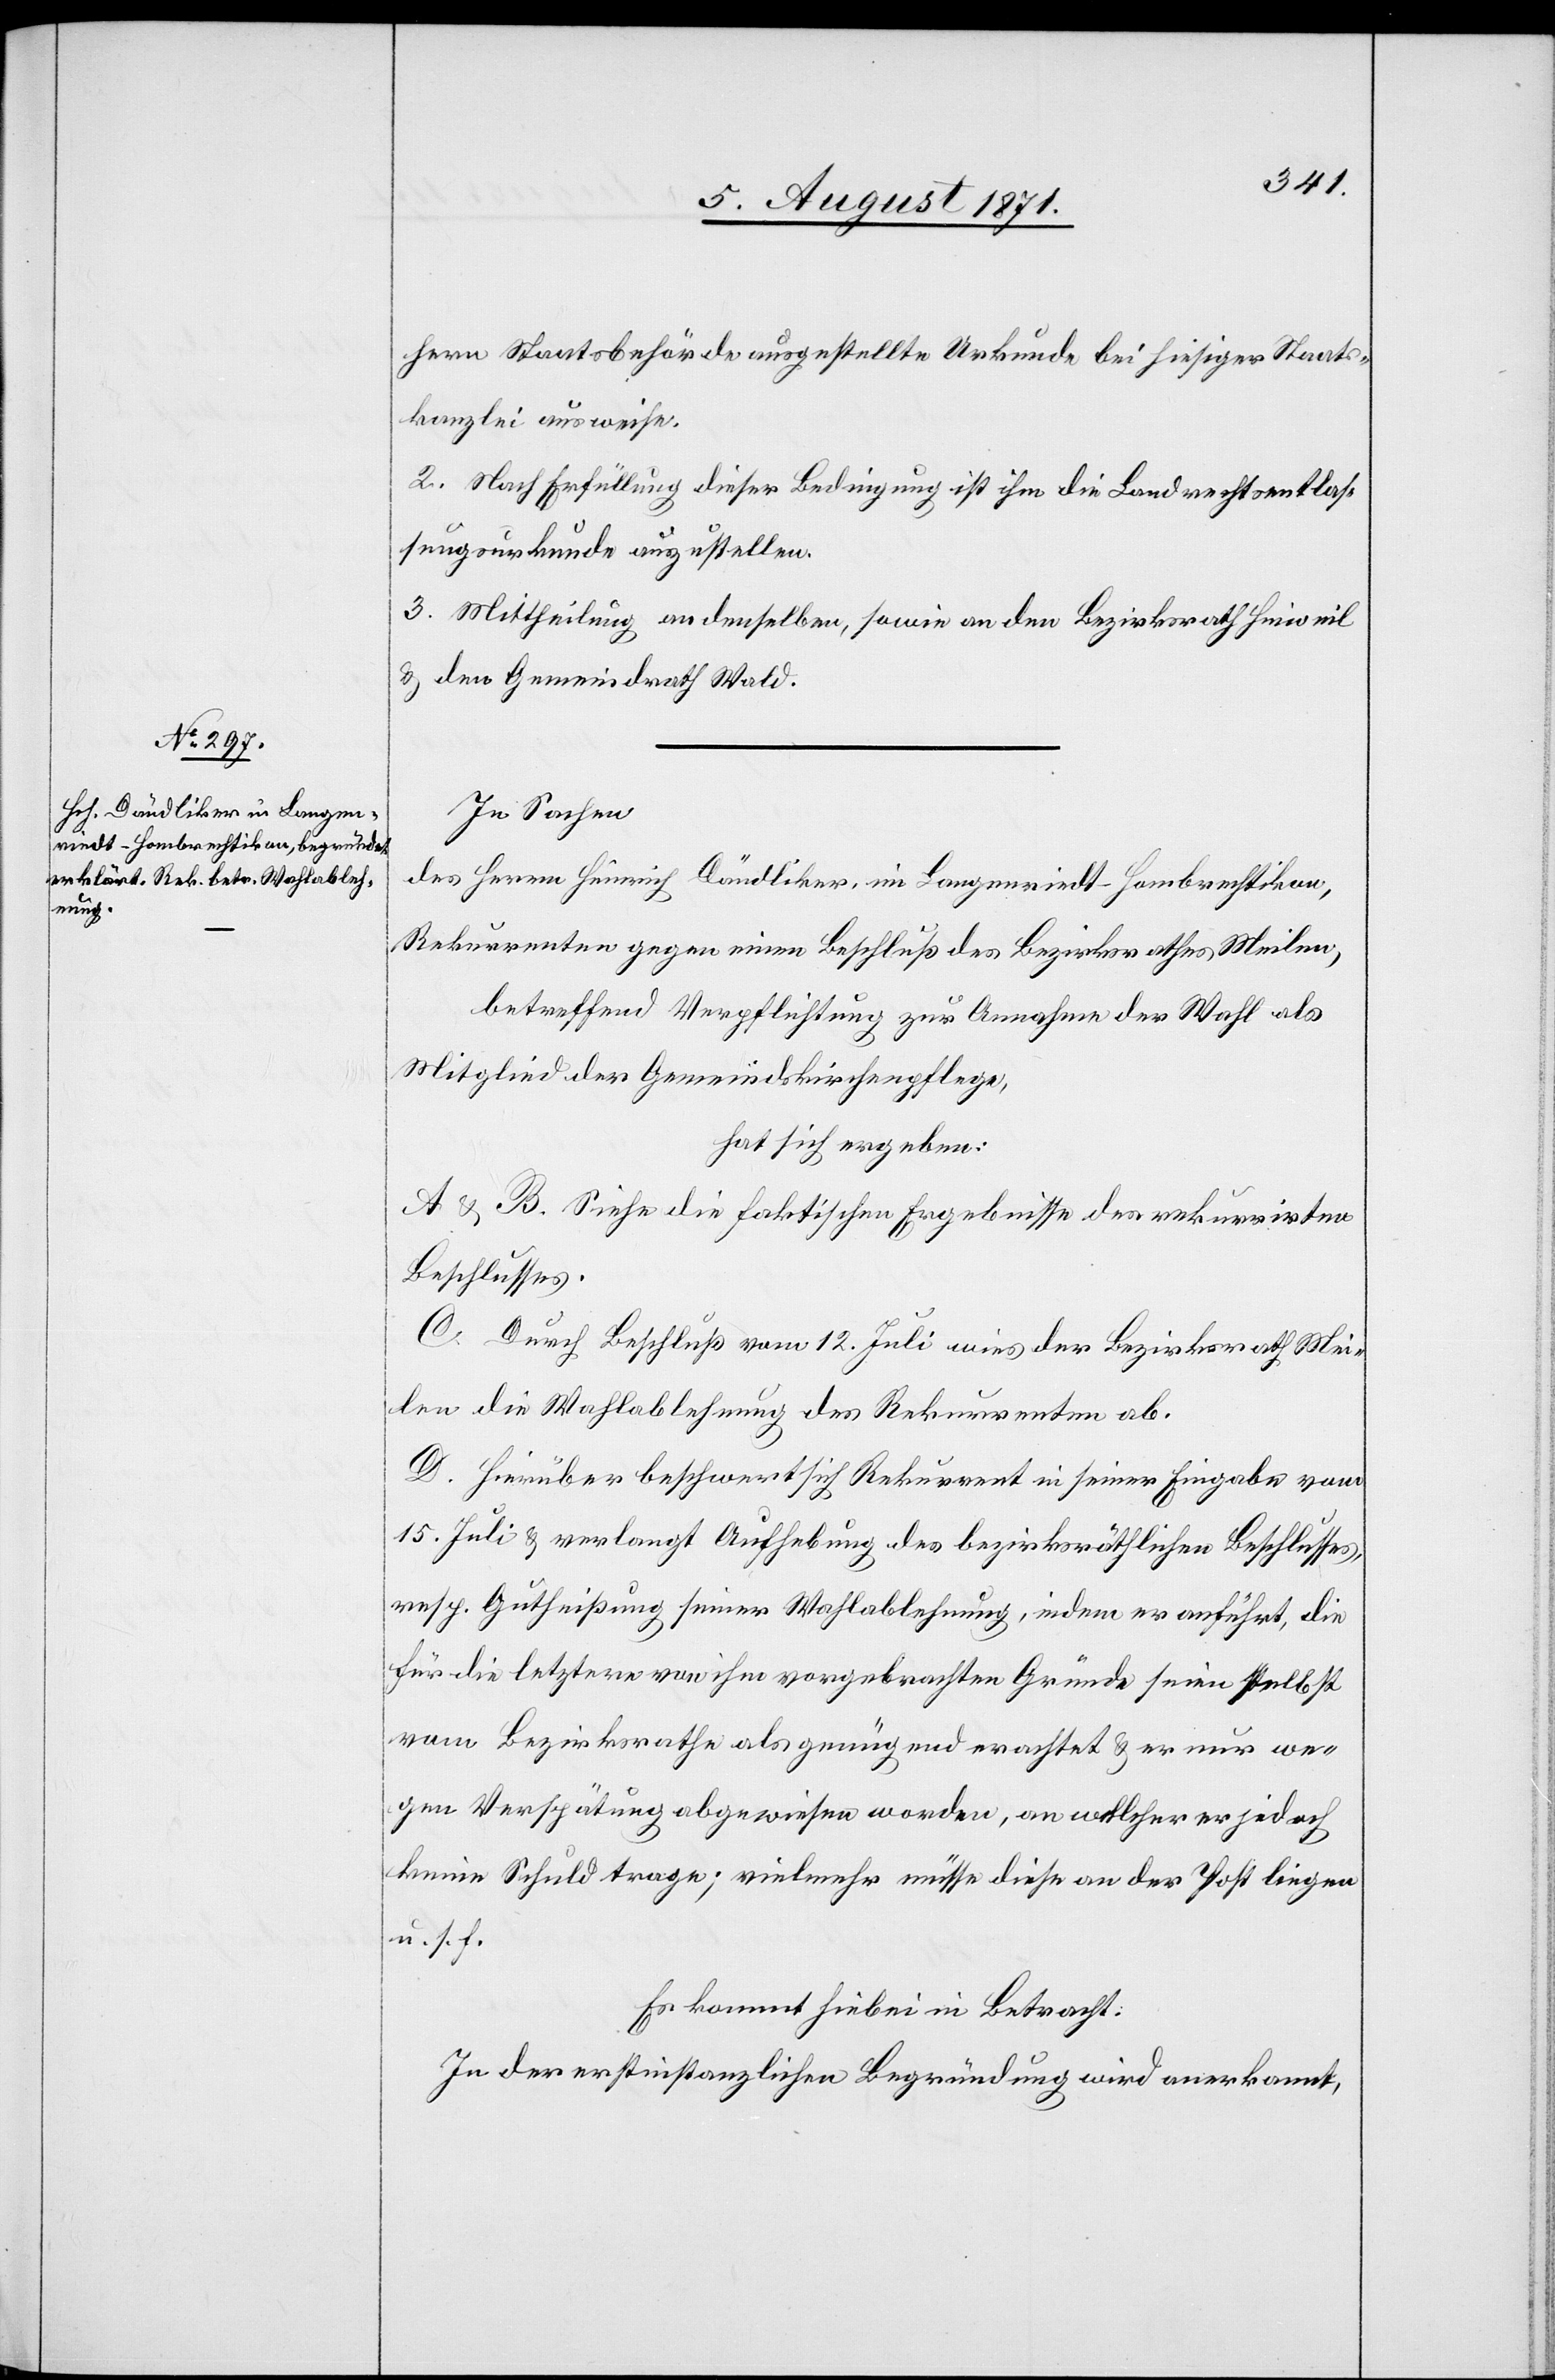
hern Staatsbehörde ausgestellte Urkunde bei hiesiger Staats¬
kanzlei ausweise.
2. Nach Erfüllung dieser Bedingung ist ihm die Landrechtsentlas¬
sungsurkunde auszustellen.
3. Mittheilung an denselben, sowie an den Bezirksrath Hinweil
u. den Gemeindrath Wald.
In Sachen
des Herrn Heinrich Dändliker, in Langenriedt-Hombrechtikon,
Rekurrenten gegen einen Beschluß des Bezirksrathes Meilen,
betreffend Verpflichtung zur Annahme der Wahl als
Mitglied der Gemeindskirchenpflege,
hat sich ergeben:
A u. B. Siehe die faktischen Ergebnisse des rekurrirten
Beschlusses.
C. Durch Beschluß vom 12. Juli wies der Bezirksrath Mei¬
len die Wahlablehnung des Rekurrenten ab.
D. Hierüber beschwert sich Rekurrent in seiner Eingabe vom
15. Juli u. verlangt Aufhebung des bezirksräthlichen Beschlusses,
resp. Gutheißung seiner Wahlablehnung, indem er anführt, die
für die letztere von ihm vorgebrachten Gründe seien selbst
vom Bezirksrathe als genügend erachtet u. er nur we¬
gen Verspätung abgewiesen worden, an welcher er jedoch
keine Schuld trage; vielmehr müsse diese an der Post liegen
u. s. f.
Es kommt hiebei in Betracht.
In der erstinstanzlichen Begründung wird anerkannt,